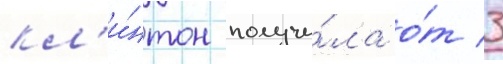
кл'и́нтон получи́ла о́т 3